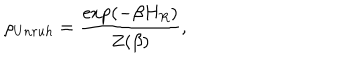
LaTeX: \rho _ { U n r u h } = \frac { \exp ( - \beta H _ { R } ) } { Z ( \beta ) } ,